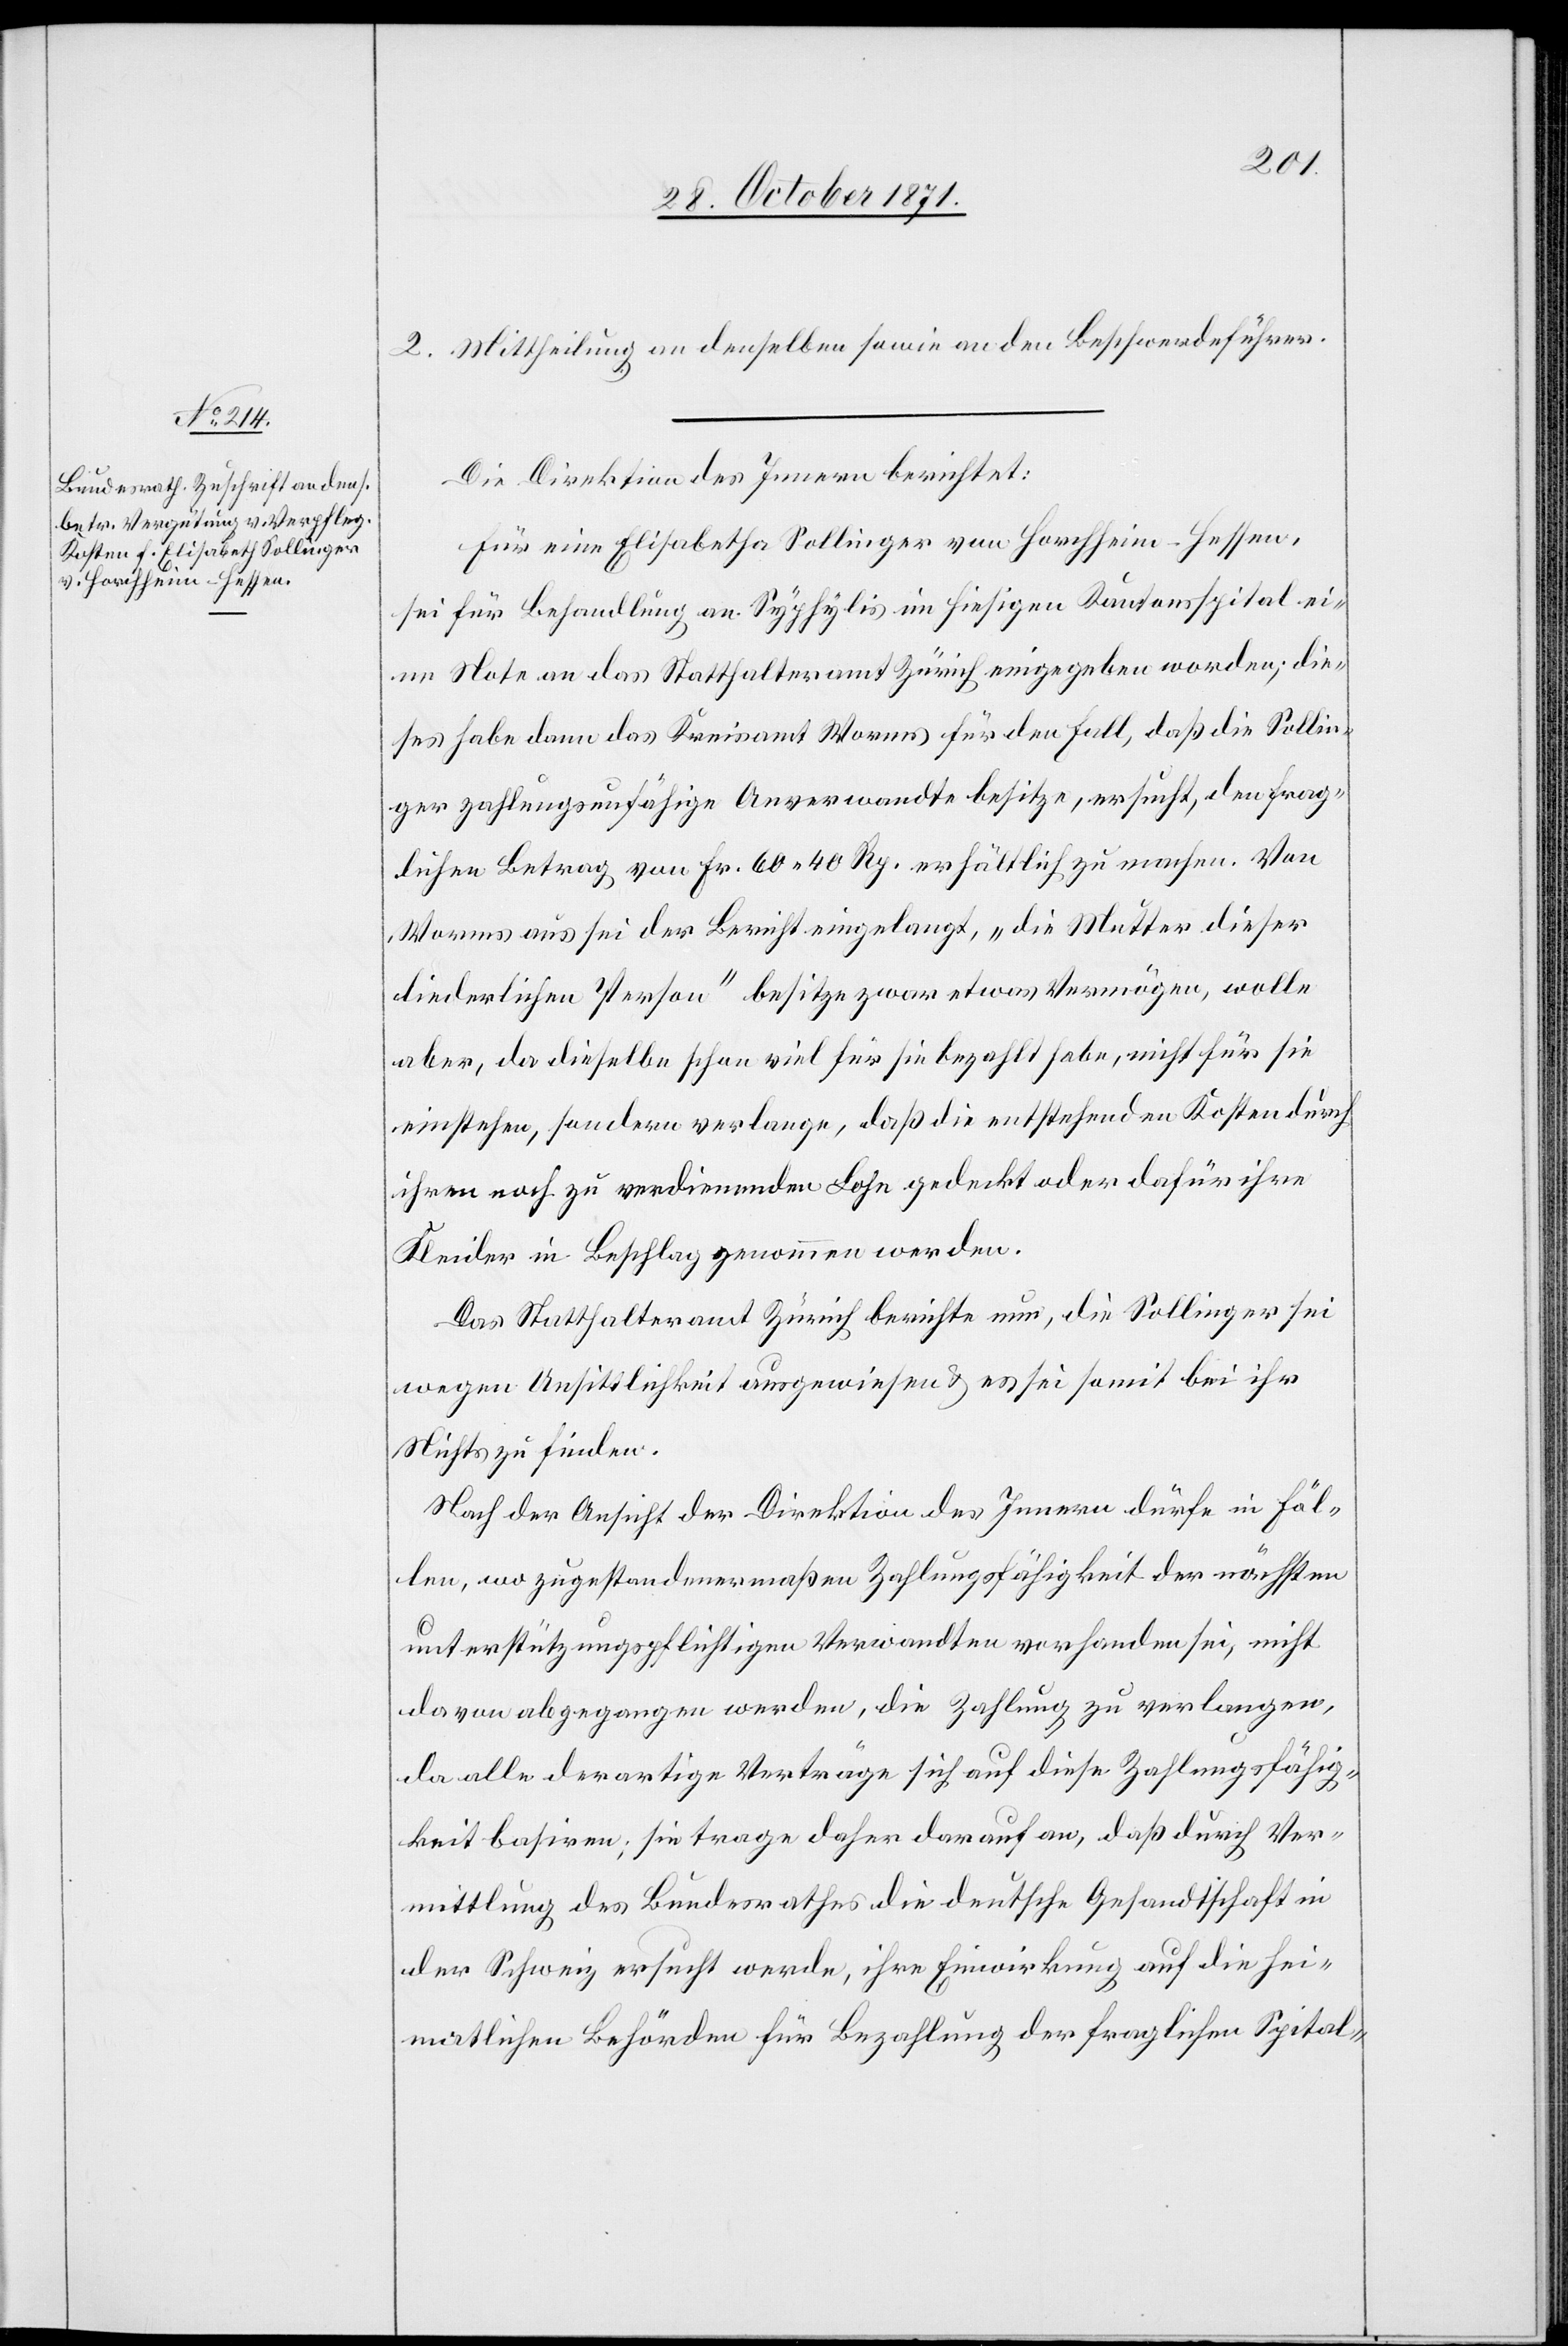
2. Mittheilung an denselben sowie an den Beschwerdeführer.
Die Direktion des Innern berichtet:
Für eine Elisabetha [sic!] Sollinger von Horchheim - Hessen,
sei für Behandlung an Syphylis im hiesigen Kantonsspital ei¬
ne Note an das Statthalteramt Zürich eingegeben worden; die¬
ser habe dann das Kreisamt Worms für den Fall, daß die Sollin¬
ger zahlungsunfähige Anverwandte besitze, ersucht, den frag¬
lichen Betrag von Fr. 60. 40 Rp. erhältlich zu machen. Von
Worms aus sei der Bericht eingelangt, „die Mutter dieser
liederlichen Person“ besitze zwar etwas Vermögen, wolle
aber, da dieselbe schon viel für sie bezahlt habe, nicht für sie
einstehen, sondern verlange, daß die entstehenden Kosten durch
ihren noch zu verdienenden Lohn gedeckt oder dafür ihre
Kleider in Beschlag genommen werden.
Das Statthalteramt Zürich berichte nur, die Sollinger sei
wegen Unsittlichkeit ausgewiesen & es sei somit bei ihr
Nichts zu finden.
Nach der Ansicht der Direktion des Innern dürfe in Fäl¬
len, wo zugestandenermaßen Zahlungsfähigkeit der nächsten
unterstützungspflichtigen Verwandten vorhanden sei, nicht
davon abgegangen werden, die Zahlung zu verlangen,
da alle derartige Anträge sich auf diese Zahlungsfähig¬
keit besinnen; sie trage daher darauf an, daß durch Ver¬
mittlung des Bundesrathes die deutsche Gesandtschaft in
der Schweiz ersucht werde, ihre Einwirkung auf die hei¬
matlichen Behörden für Bezahlung der fraglichen Spital-